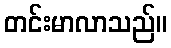
တင်းမာလာသည်။